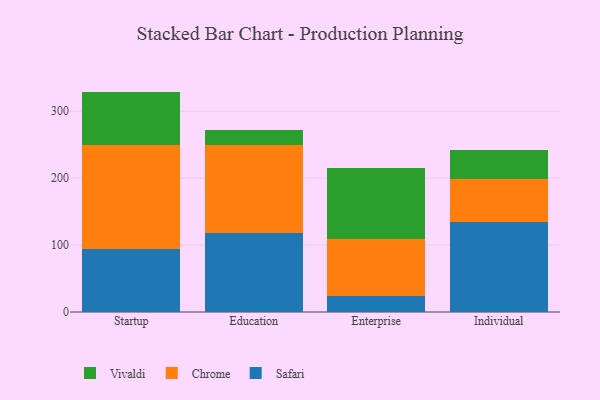
{"axis": {"x": "Segment", "y": "Latency (ms)"}, "legend": ["Chrome", "Safari", "Vivaldi"], "data": [{"x": "Startup", "y": 93.5, "type": "Safari"}, {"x": "Startup", "y": 155.9, "type": "Chrome"}, {"x": "Startup", "y": 79.8, "type": "Vivaldi"}, {"x": "Education", "y": 117.4, "type": "Safari"}, {"x": "Education", "y": 132.6, "type": "Chrome"}, {"x": "Education", "y": 21.7, "type": "Vivaldi"}, {"x": "Enterprise", "y": 23.3, "type": "Safari"}, {"x": "Enterprise", "y": 85.7, "type": "Chrome"}, {"x": "Enterprise", "y": 106.5, "type": "Vivaldi"}, {"x": "Individual", "y": 134.0, "type": "Safari"}, {"x": "Individual", "y": 65.1, "type": "Chrome"}, {"x": "Individual", "y": 43.0, "type": "Vivaldi"}]}